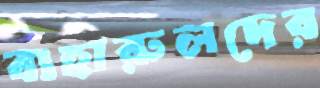
বাহারুলদের